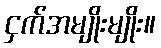
ငှက်အမျိုးမျိုး။